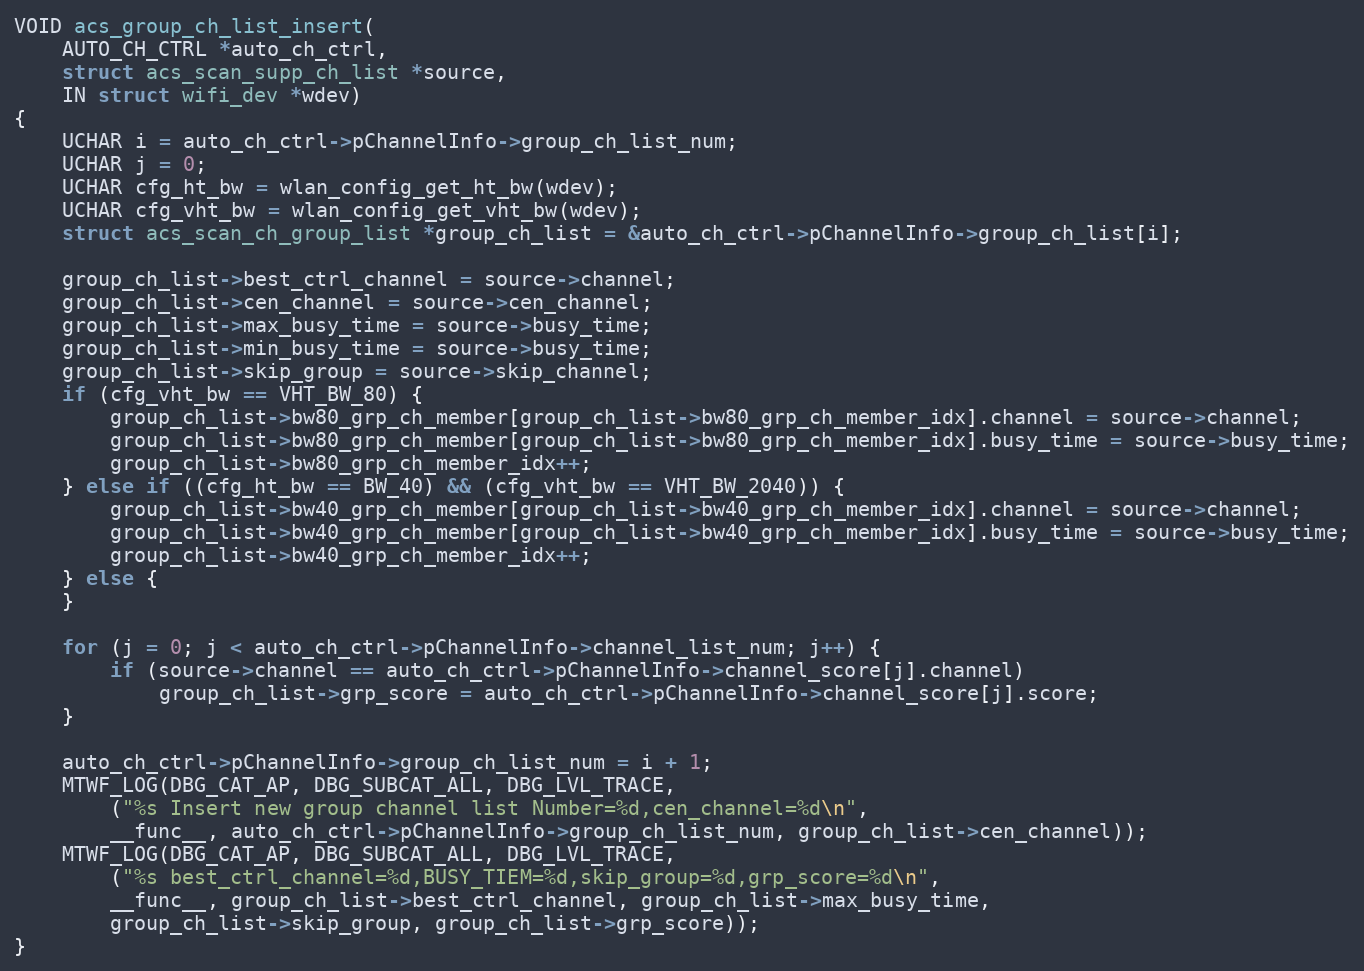
Language: C
VOID acs_group_ch_list_insert(
	AUTO_CH_CTRL *auto_ch_ctrl,
	struct acs_scan_supp_ch_list *source,
	IN struct wifi_dev *wdev)
{
	UCHAR i = auto_ch_ctrl->pChannelInfo->group_ch_list_num;
	UCHAR j = 0;
	UCHAR cfg_ht_bw = wlan_config_get_ht_bw(wdev);
	UCHAR cfg_vht_bw = wlan_config_get_vht_bw(wdev);
	struct acs_scan_ch_group_list *group_ch_list = &auto_ch_ctrl->pChannelInfo->group_ch_list[i];

	group_ch_list->best_ctrl_channel = source->channel;
	group_ch_list->cen_channel = source->cen_channel;
	group_ch_list->max_busy_time = source->busy_time;
	group_ch_list->min_busy_time = source->busy_time;
	group_ch_list->skip_group = source->skip_channel;
	if (cfg_vht_bw == VHT_BW_80) {
		group_ch_list->bw80_grp_ch_member[group_ch_list->bw80_grp_ch_member_idx].channel = source->channel;
		group_ch_list->bw80_grp_ch_member[group_ch_list->bw80_grp_ch_member_idx].busy_time = source->busy_time;
		group_ch_list->bw80_grp_ch_member_idx++;
	} else if ((cfg_ht_bw == BW_40) && (cfg_vht_bw == VHT_BW_2040)) {
		group_ch_list->bw40_grp_ch_member[group_ch_list->bw40_grp_ch_member_idx].channel = source->channel;
		group_ch_list->bw40_grp_ch_member[group_ch_list->bw40_grp_ch_member_idx].busy_time = source->busy_time;
		group_ch_list->bw40_grp_ch_member_idx++;
	} else {
	}

	for (j = 0; j < auto_ch_ctrl->pChannelInfo->channel_list_num; j++) {
		if (source->channel == auto_ch_ctrl->pChannelInfo->channel_score[j].channel)
			group_ch_list->grp_score = auto_ch_ctrl->pChannelInfo->channel_score[j].score;
	}

	auto_ch_ctrl->pChannelInfo->group_ch_list_num = i + 1;
	MTWF_LOG(DBG_CAT_AP, DBG_SUBCAT_ALL, DBG_LVL_TRACE,
		("%s Insert new group channel list Number=%d,cen_channel=%d\n",
		__func__, auto_ch_ctrl->pChannelInfo->group_ch_list_num, group_ch_list->cen_channel));
	MTWF_LOG(DBG_CAT_AP, DBG_SUBCAT_ALL, DBG_LVL_TRACE,
		("%s best_ctrl_channel=%d,BUSY_TIEM=%d,skip_group=%d,grp_score=%d\n",
		__func__, group_ch_list->best_ctrl_channel, group_ch_list->max_busy_time,
		group_ch_list->skip_group, group_ch_list->grp_score));
}